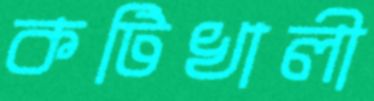
কটিখালী